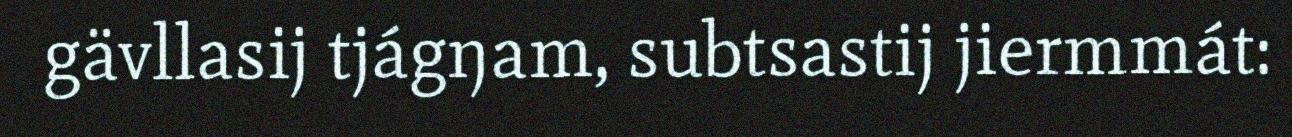
gävllasij tjágŋam, subtsastij jiermmát: